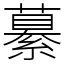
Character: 繤